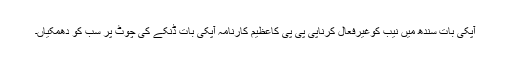
آپکی بات سندھ میں نیب کوغیرفعال کرناپی پی پی کاعظیم کارنامہ آپکی بات ڈنکے کی چوٹ پر سب کو دھمکیاں۔